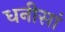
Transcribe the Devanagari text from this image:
धनीसां